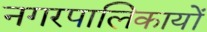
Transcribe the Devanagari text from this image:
नगरपालिकायों